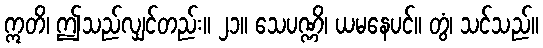
ဣတိ၊ ဤသည်လျှင်တည်း။ ၂၁။ သေပဏ္ဏိ၊ ယမနေပင်။ တွံ၊ သင်သည်။